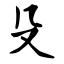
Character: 殳